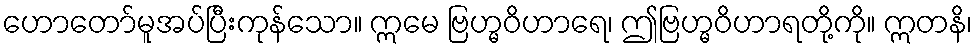
ဟောတော်မူအပ်ပြီးကုန်သော။ ဣမေ ဗြဟ္မဝိဟာရေ၊ ဤဗြဟ္မဝိဟာရတို့ကို။ ဣတနိ၊